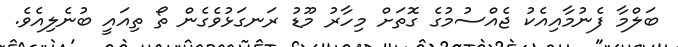
ބަލްމާ ފެނުމާއިއެކު ޖެއްސުމުގެ ގޮތަށް މިހާރު މޫޑު ރަނގަޅުވެގެން ތޯ ތިއައީ ބުނެލިއެވެ.